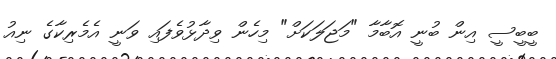
ބީބީސީ އިން ބުނީ އޮބާމާ "މަޖަލަކަށް" މިހެން ވިދާޅުވެފައި ވަނީ އެމެރިކާގެ ނިއު